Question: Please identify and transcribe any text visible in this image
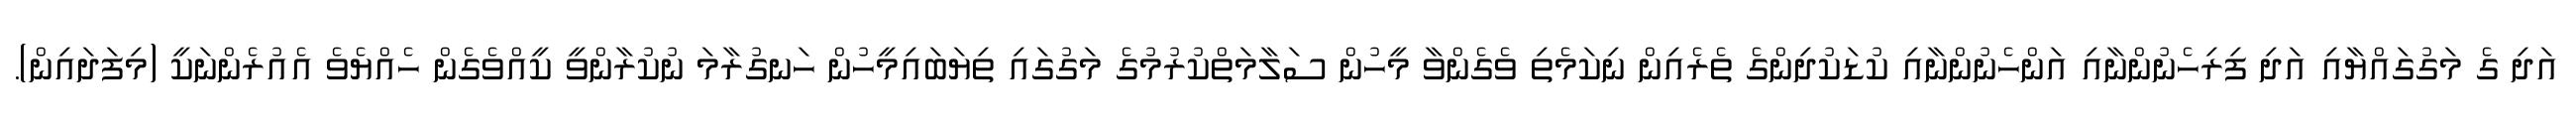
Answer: އަދި ގެ މަގުގައްޔާއި އަދި ފިރިހެނުންނާއި އަންހެނުންނާއި ކުޑަކުދިންގެ ތެރެއިން ނިކަމެތި ވެގެންވާ މީހުން ސަލާމަތްކުރުމުގެ މަގުގައި ތިޔަބައިމީހުން ހަނގުރާމަ ނުކުރާންވީ ކީއްވެގެން ހެއްޔެވެ އެއުރެންނަކީ (މިފަދައިން).